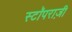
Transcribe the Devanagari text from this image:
स्टॉपराज़ी